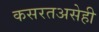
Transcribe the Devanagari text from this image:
कसरतअसेही